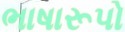
ભાષારૂપો